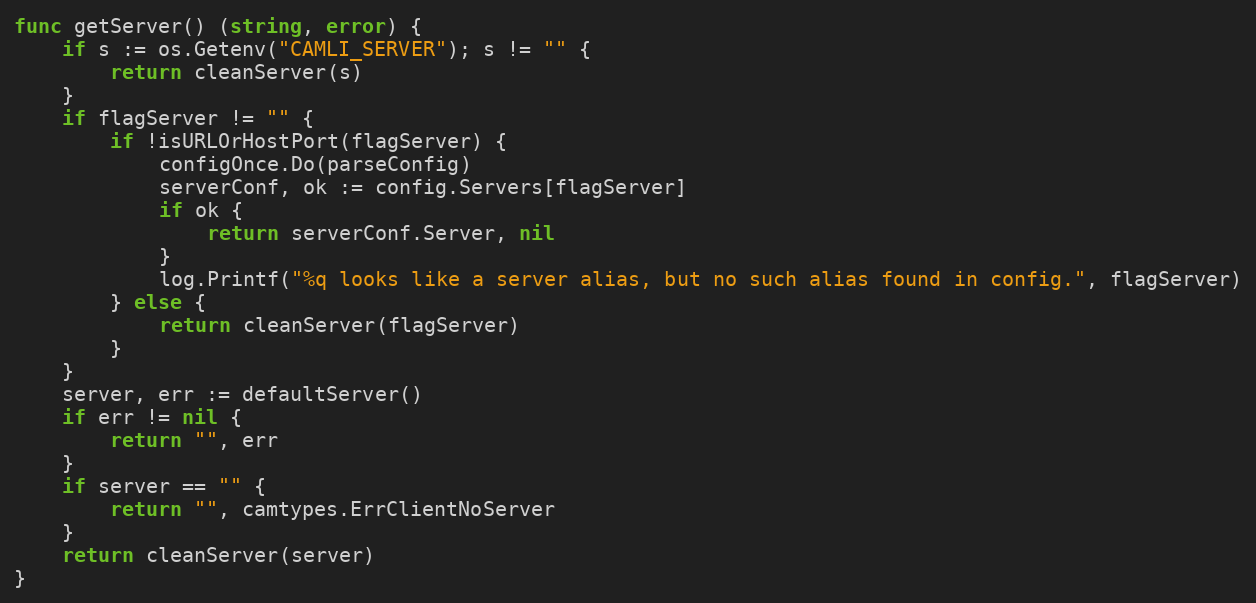
Language: Go
func getServer() (string, error) {
	if s := os.Getenv("CAMLI_SERVER"); s != "" {
		return cleanServer(s)
	}
	if flagServer != "" {
		if !isURLOrHostPort(flagServer) {
			configOnce.Do(parseConfig)
			serverConf, ok := config.Servers[flagServer]
			if ok {
				return serverConf.Server, nil
			}
			log.Printf("%q looks like a server alias, but no such alias found in config.", flagServer)
		} else {
			return cleanServer(flagServer)
		}
	}
	server, err := defaultServer()
	if err != nil {
		return "", err
	}
	if server == "" {
		return "", camtypes.ErrClientNoServer
	}
	return cleanServer(server)
}